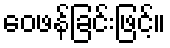
ဝေဖန်ခြင်းဖြင့်။